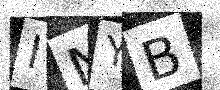
Text: INYB